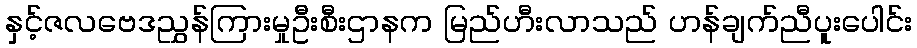
နှင့်ဇလဗေဒညွှန်ကြားမှုဦးစီးဌာနက မြည်ဟီးလာသည် ဟန်ချက်ညီပူးပေါင်း